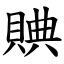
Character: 賟